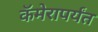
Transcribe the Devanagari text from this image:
कॅमेरापर्यंत